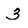
Character: 3